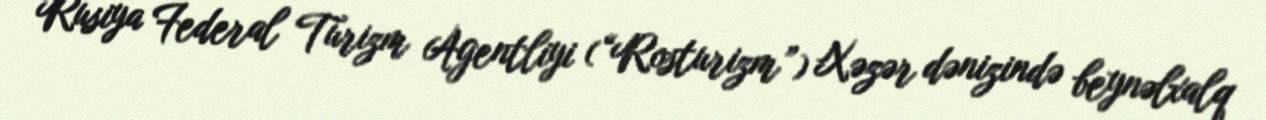
Rusiya Federal Turizm Agentliyi (“Rosturizm”) Xəzər dənizində beynəlxalq